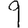
Digit: 9